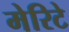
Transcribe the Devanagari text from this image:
मेरिटे